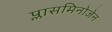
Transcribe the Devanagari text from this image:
प्लासमिनोजेन